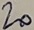
Text: 20